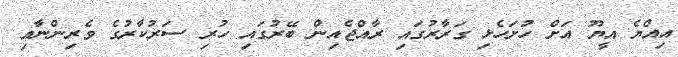
އިއްޔެ އީޔޫ އަށް ހުށަހެޅި ގަރާރުގައި ރާއްޖެއިން ބޭރުގައި ހުރި ސަރުކާރުގެ ވެރިންނާއި